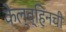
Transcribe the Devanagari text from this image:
केल्व्हिनची